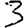
Digit: 3